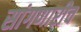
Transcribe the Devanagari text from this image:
सांगणारीच